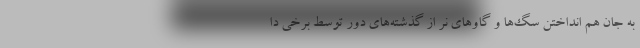
به جان هم انداختن سگ‌ها و گاوهای نر از گذشته‌های دور توسط برخی دا